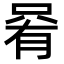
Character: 𫪩